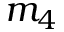
m _ { 4 }